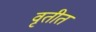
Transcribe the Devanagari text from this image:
वृतीत